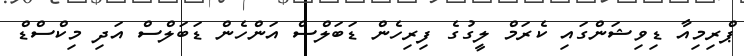
ޕްރިމިއާ ޑިވިޝަންގައި ކެރަމް ލީގުގެ ފިރިހެން ޑަބަލްސް އަންހެން ޑަބަލްސް އަދި މިކްސްޑް